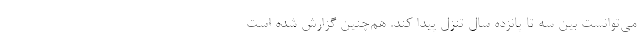
می‌توانست بین سه تا پانزده سال تنزل پیدا کند. هم‌چنین گزارش شده است